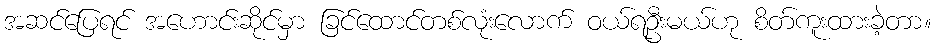
အဆင်ပြေရင် အဟောင်းဆိုင်မှာ ခြင်ထောင်တစ်လုံးလောက် ဝယ်ရဦးမယ်ဟု စိတ်ကူးထားခဲ့တာ။